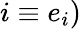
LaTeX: i\equiv e_{i})